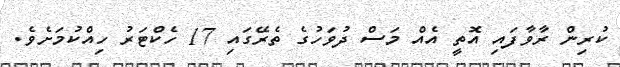
ކުރިން ރާވާފައި އޮތީ އެއް މަސް ދުވަހުގެ ތެރޭގައި 17 ހެކްޓަރު ހިއްކުމަށެވެ.